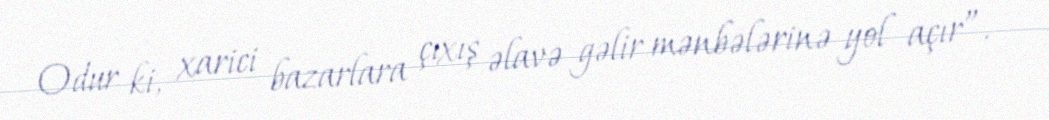
Odur ki, xarici bazarlara çıxış əlavə gəlir mənbələrinə yol açır”.